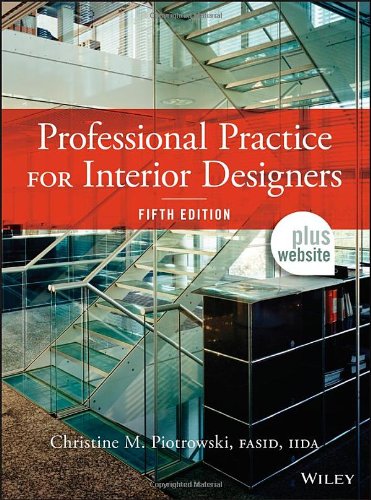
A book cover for Professional Practice for Interior Designers; Christine M. Piotrowski; Arts & Photography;